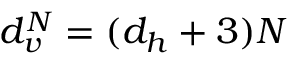
d _ { v } ^ { N } = ( d _ { h } + 3 ) N